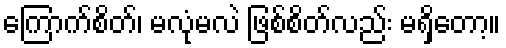
ကြောက်စိတ်၊ မလုံမလဲ ဖြစ်စိတ်လည်း မရှိတော့။